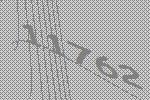
11762